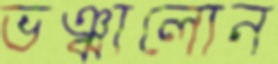
ভঞ্ঝালোন